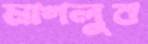
মাগলুব